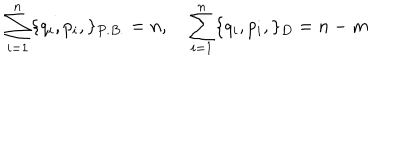
\sum _ { i = 1 } ^ { n } \{ q _ { i } , p _ { i } , \} _ { P . B . } = n , \quad \sum _ { i = 1 } ^ { n } \{ q _ { i } , p _ { i } , \} _ { D } = { n - m }